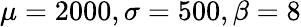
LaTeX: \mu=2000,\sigma=500,\beta=8